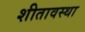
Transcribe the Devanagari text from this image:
शीतावस्था